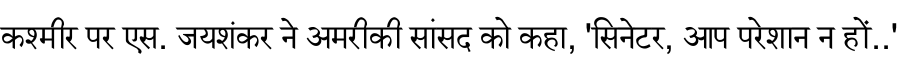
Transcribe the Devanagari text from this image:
कश्मीर पर एस. जयशंकर ने अमरीकी सांसद को कहा, 'सिनेटर, आप परेशान न हों..'